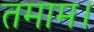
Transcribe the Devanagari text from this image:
तमाम।